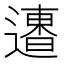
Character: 𨗐